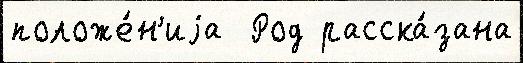
положе́н'иjа  Род расска́зана